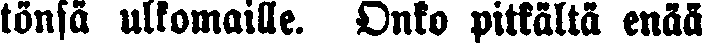
tönsä ulkomaille. Onko pitkältä enää